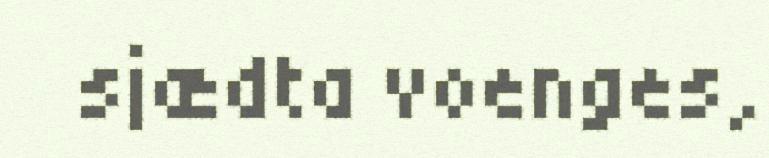
sjædta voenges,